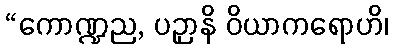
“ကောဏ္ဍည, ပဉှာနိ ဝိယာကရောဟိ၊